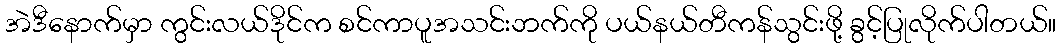
အဲဒီနောက်မှာ ကွင်းလယ်ဒိုင်က စင်ကာပူအသင်းဘက်ကို ပယ်နယ်တီကန်သွင်းဖို့ ခွင့်ပြုလိုက်ပါတယ်။